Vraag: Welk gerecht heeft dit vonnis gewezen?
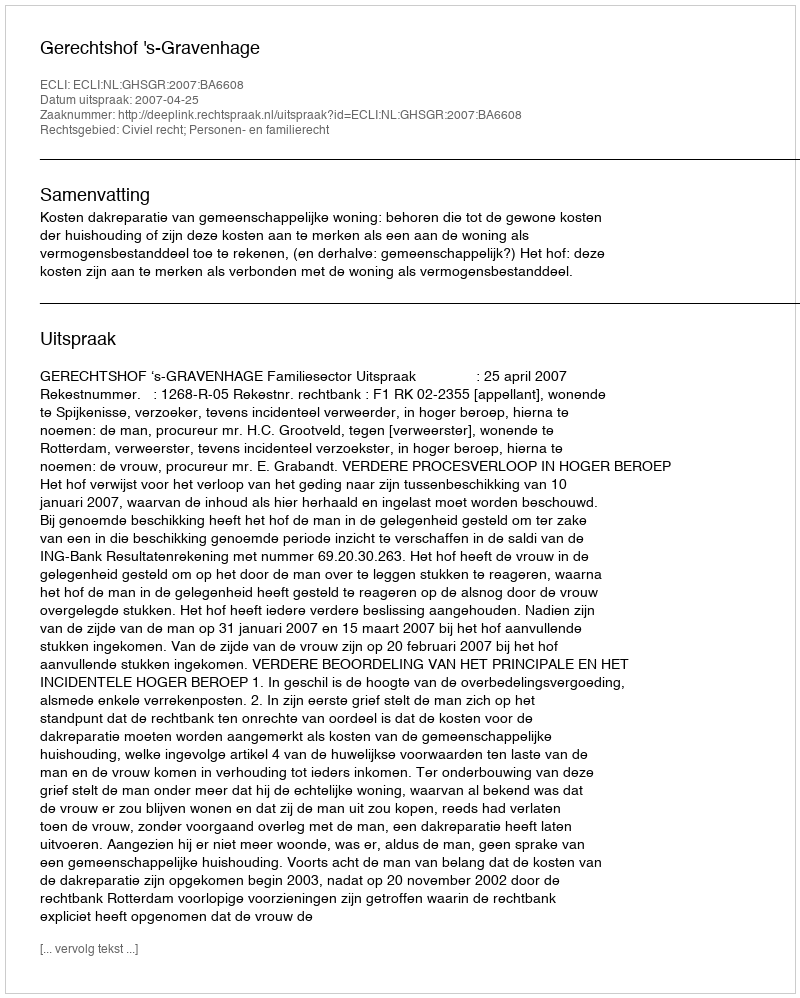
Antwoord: Gerechtshof 's-Gravenhage